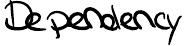
Dependency